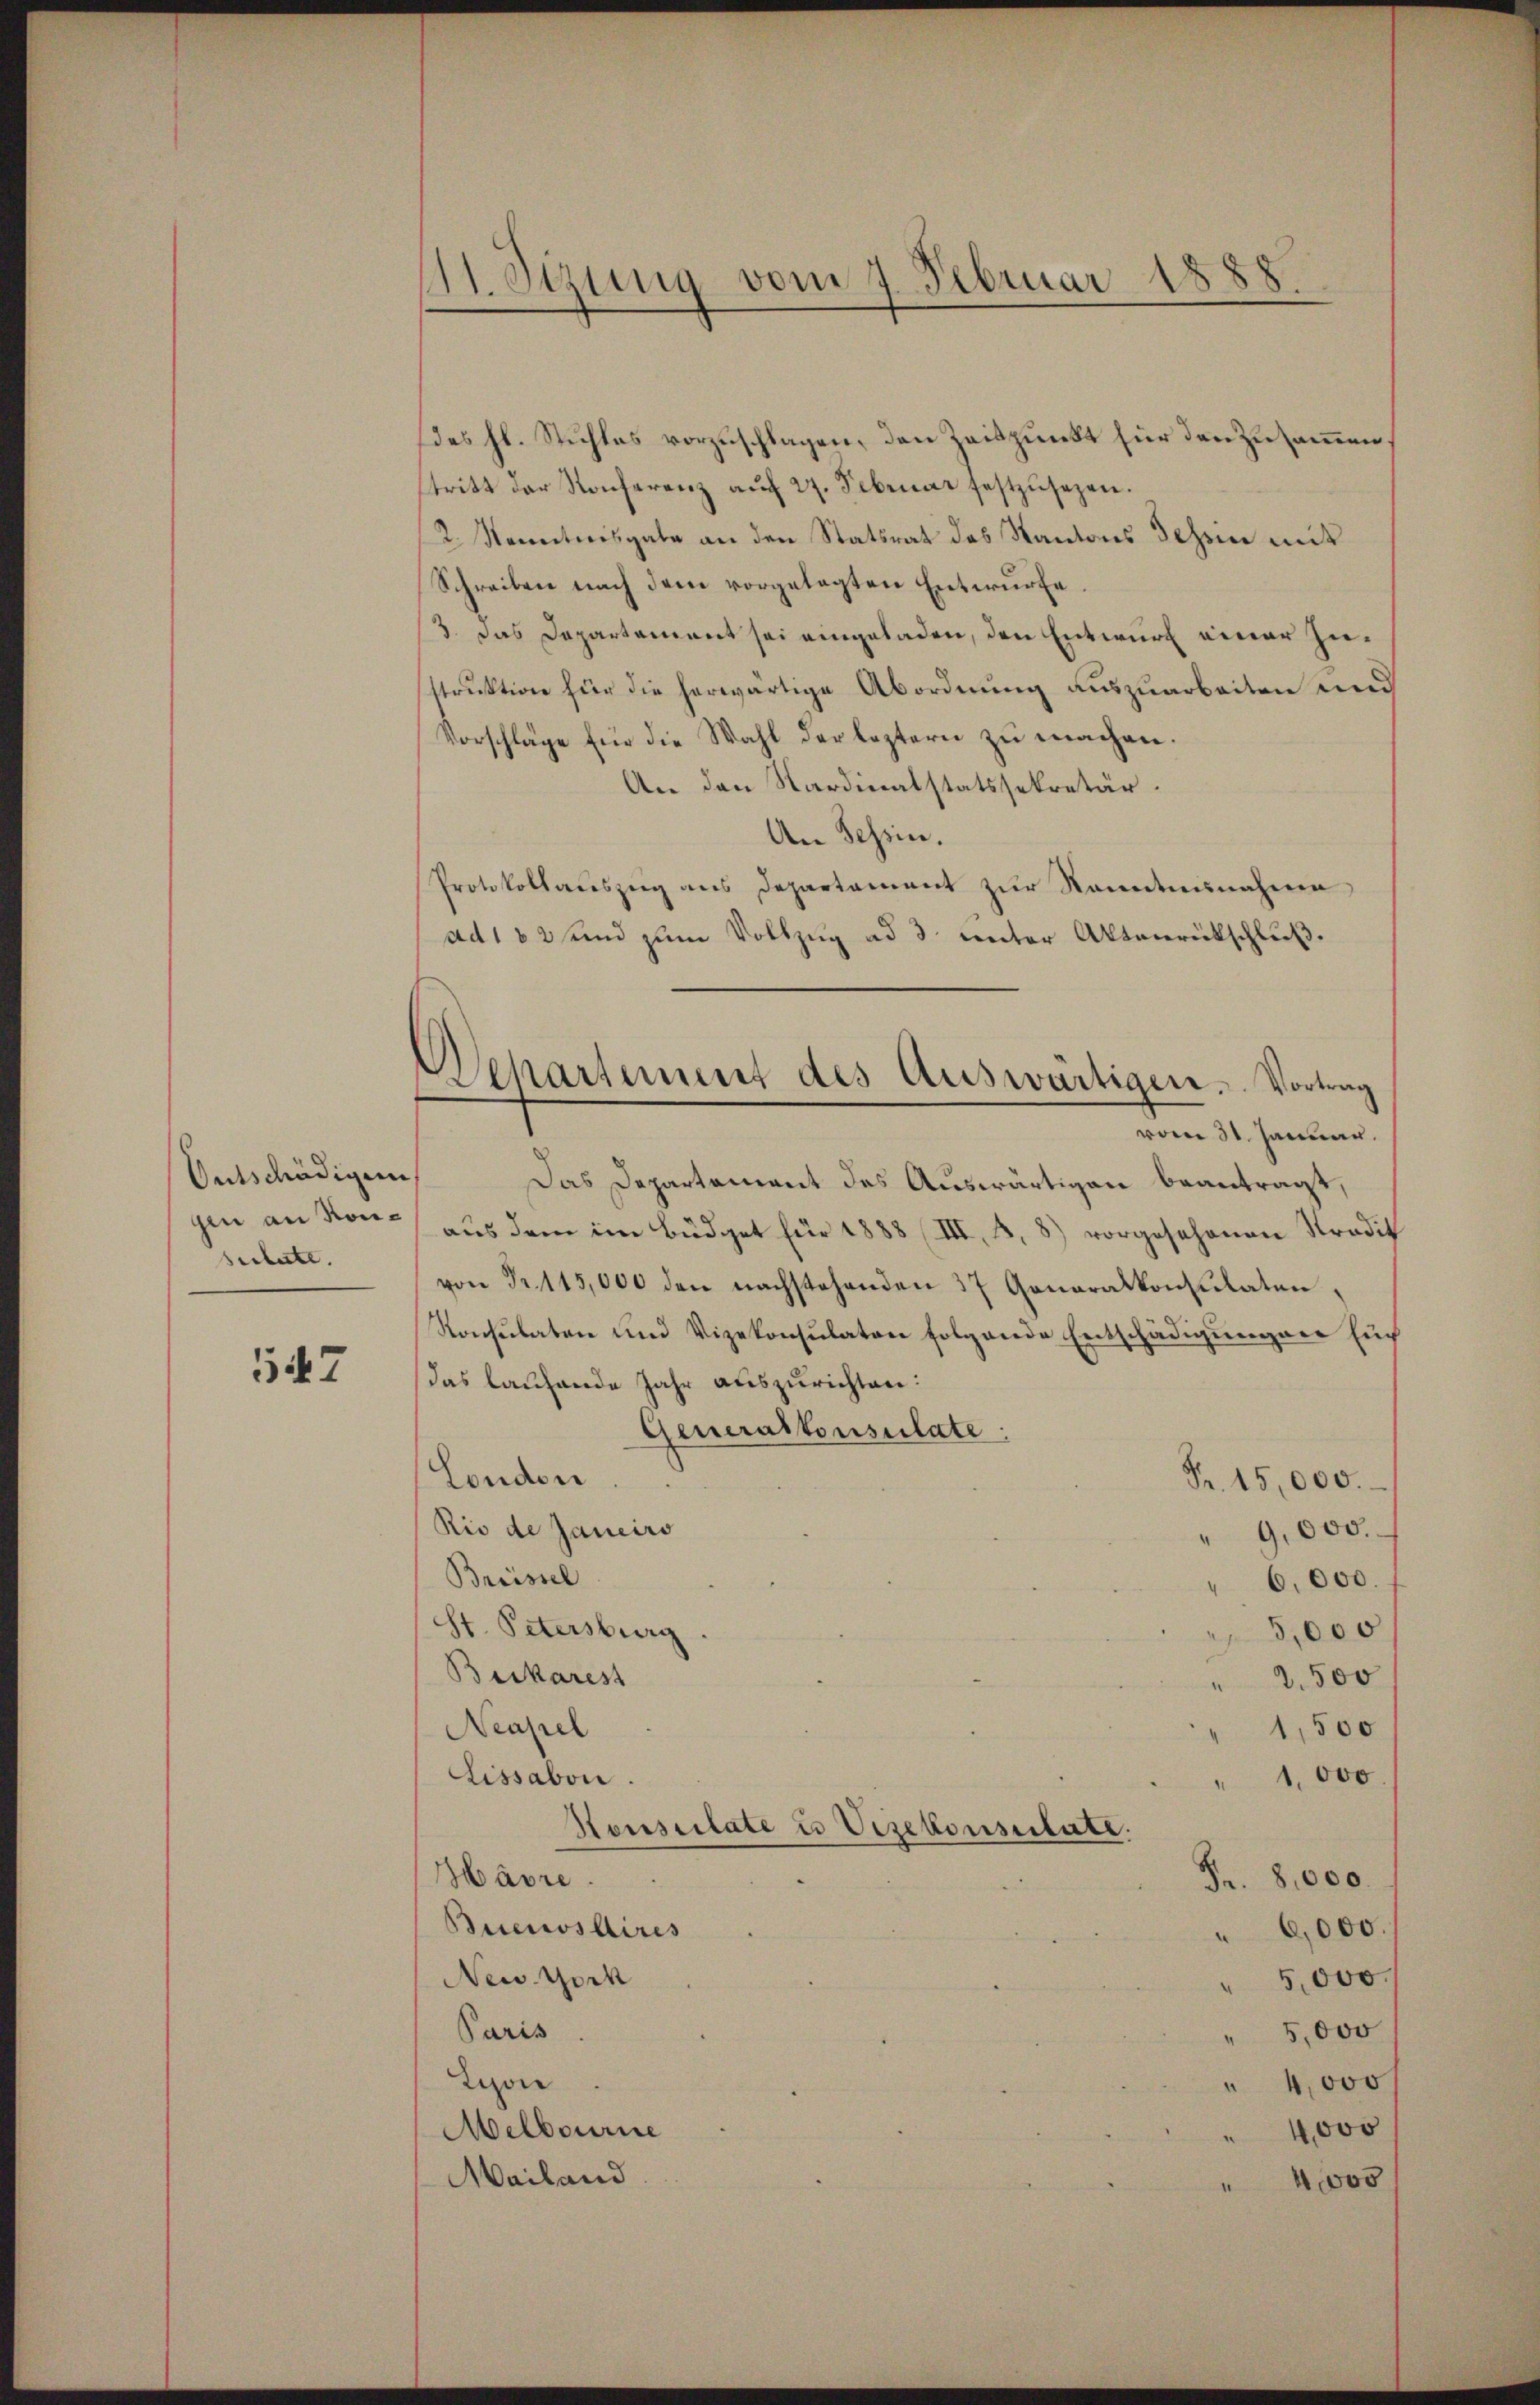
Ontschädigung
sulate.

547

41. Sizung vom 7. Februar 1888

des hl. Stichles vorzuschlagen, den Zeitpunkt für den Zusammen,
tritt der Konferenz auf 27. Februar festzŭsezen.
2. Kenntnisgabe an den Statsrat des Kantons Schen mit
Schreiben nach dem vorgelegten Entwurfe.
/3. das Departament sei eingeladen, den Entwurf einer Ziestruktion für die herwärtige Abordnung auszuarbeiten und
Vorschläge für die Wahl der leztern zŭ machen.
An den Kardinatstatssekretär.
An Tessin.
Protokollauszeig ans Departament zŭr Kenntnisnahme
ad182 sind zum Vollzug ad 3. unter Aktenrückschluß.
Das Departement des Auswärtigen beantragt,
gen an Kon- aŭs dem im Büdget für 1888 (III, 2, 8) vorgesehenen Stradit
von Fr. 115,000 den nachstehenden 37 Generalkonsulaten,
Konsulaten und Vizekonsulator folgende Entschädigungen Euc
das laufende Jahr auszurichten:
Generalkonsulate:
London
Fr. 15,000.
Rio de Janeiro
" 9,000.
Breissel
6,000.
St. Petersburg
5,000
Beikarest
2,500
Neapel
1,500
Lissabon.
" 1,000.
Konsulate u Vizekonsulate.
Härre.
Fr. 8000.
Buenos Aires
" 6,000
New York
5,000.
Paris
" 5,000
Zizon
" 4,000
Melbourne
4,000
Mailand
4000

Departement des Auswärtigen. Vortrag
vom 31. Januar.